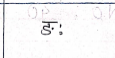
मजकूर: ङे: